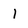
Character: I